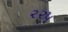
૨૨૫